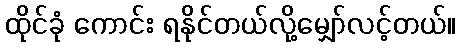
ထိုင်ခုံ ကောင်း ရနိုင်တယ်လို့မျှော်လင့်တယ်။